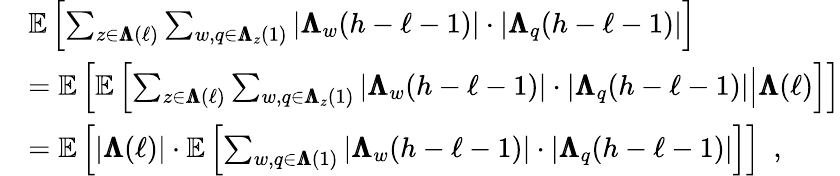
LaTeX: \begin{array}{rl}&{{\mathbb{E}\left[\sum_{z\in{\pmb{\Lambda}}(\ell)}\sum_{w,q\in{\pmb{\Lambda}}_{z}(1)}|{\pmb{\Lambda}}_{w}(h-\ell-1)|\cdot|{\pmb{\Lambda}}_{q}(h-\ell-1)|\right]}}\\ &{=\mathbb{E}\left[{\mathbb{E}\left[\sum_{z\in{\pmb{\Lambda}}(\ell)}\sum_{w,q\in{\pmb{\Lambda}}_{z}(1)}|{\pmb{\Lambda}}_{w}(h-\ell-1)|\cdot|{\pmb{\Lambda}}_{q}(h-\ell-1)|\middle|{\pmb{\Lambda}}(\ell)\right]}\right]}\\ &{=\mathbb{E}\left[|{\pmb{\Lambda}}(\ell)|\cdot{\mathbb{E}\left[\sum_{w,q\in{\pmb{\Lambda}}(1)}|{\pmb{\Lambda}}_{w}(h-\ell-1)|\cdot|{\pmb{\Lambda}}_{q}(h-\ell-1)|\right]}\right]\enspace,}\end{array}